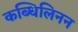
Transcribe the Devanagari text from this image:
कब्धिलिनन